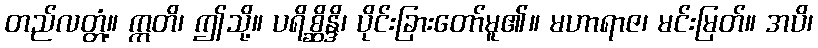
တည်လတ္တံ့။ ဣတိ၊ ဤသို့။ ပရိစ္ဆိန္ဒိ၊ ပိုင်းခြားတော်မူ၏။ မဟာရာဇ၊ မင်းမြတ်။ အပိ၊